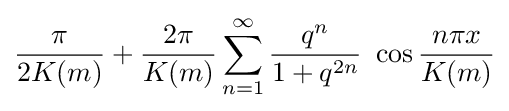
{\frac {\pi }{2K(m)}}+{\frac {2\pi }{K(m)}}\sum _{n=1}^{\infty }{\frac {q^{n}}{1+q^{2n}}}~\cos {\frac {n\pi x}{K(m)}}